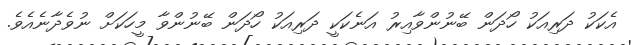
އެކަކު ދަރިއަކު ހޯދަން ބޭނުންވާއިރު އަނެކަކީ ދަރިއަކު ހޯދަން ބޭނުންވާ މީހަކަށް ނުވެދާނެއެވެ.